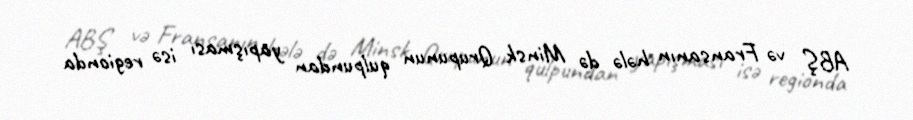
ABŞ və Fransanın hələ də Minsk Qrupunun qulpundan yapışması isə regionda